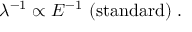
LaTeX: \lambda ^ { - 1 } \propto E ^ { - 1 } \ \mathrm { ( s t a n d a r d ) } \ .